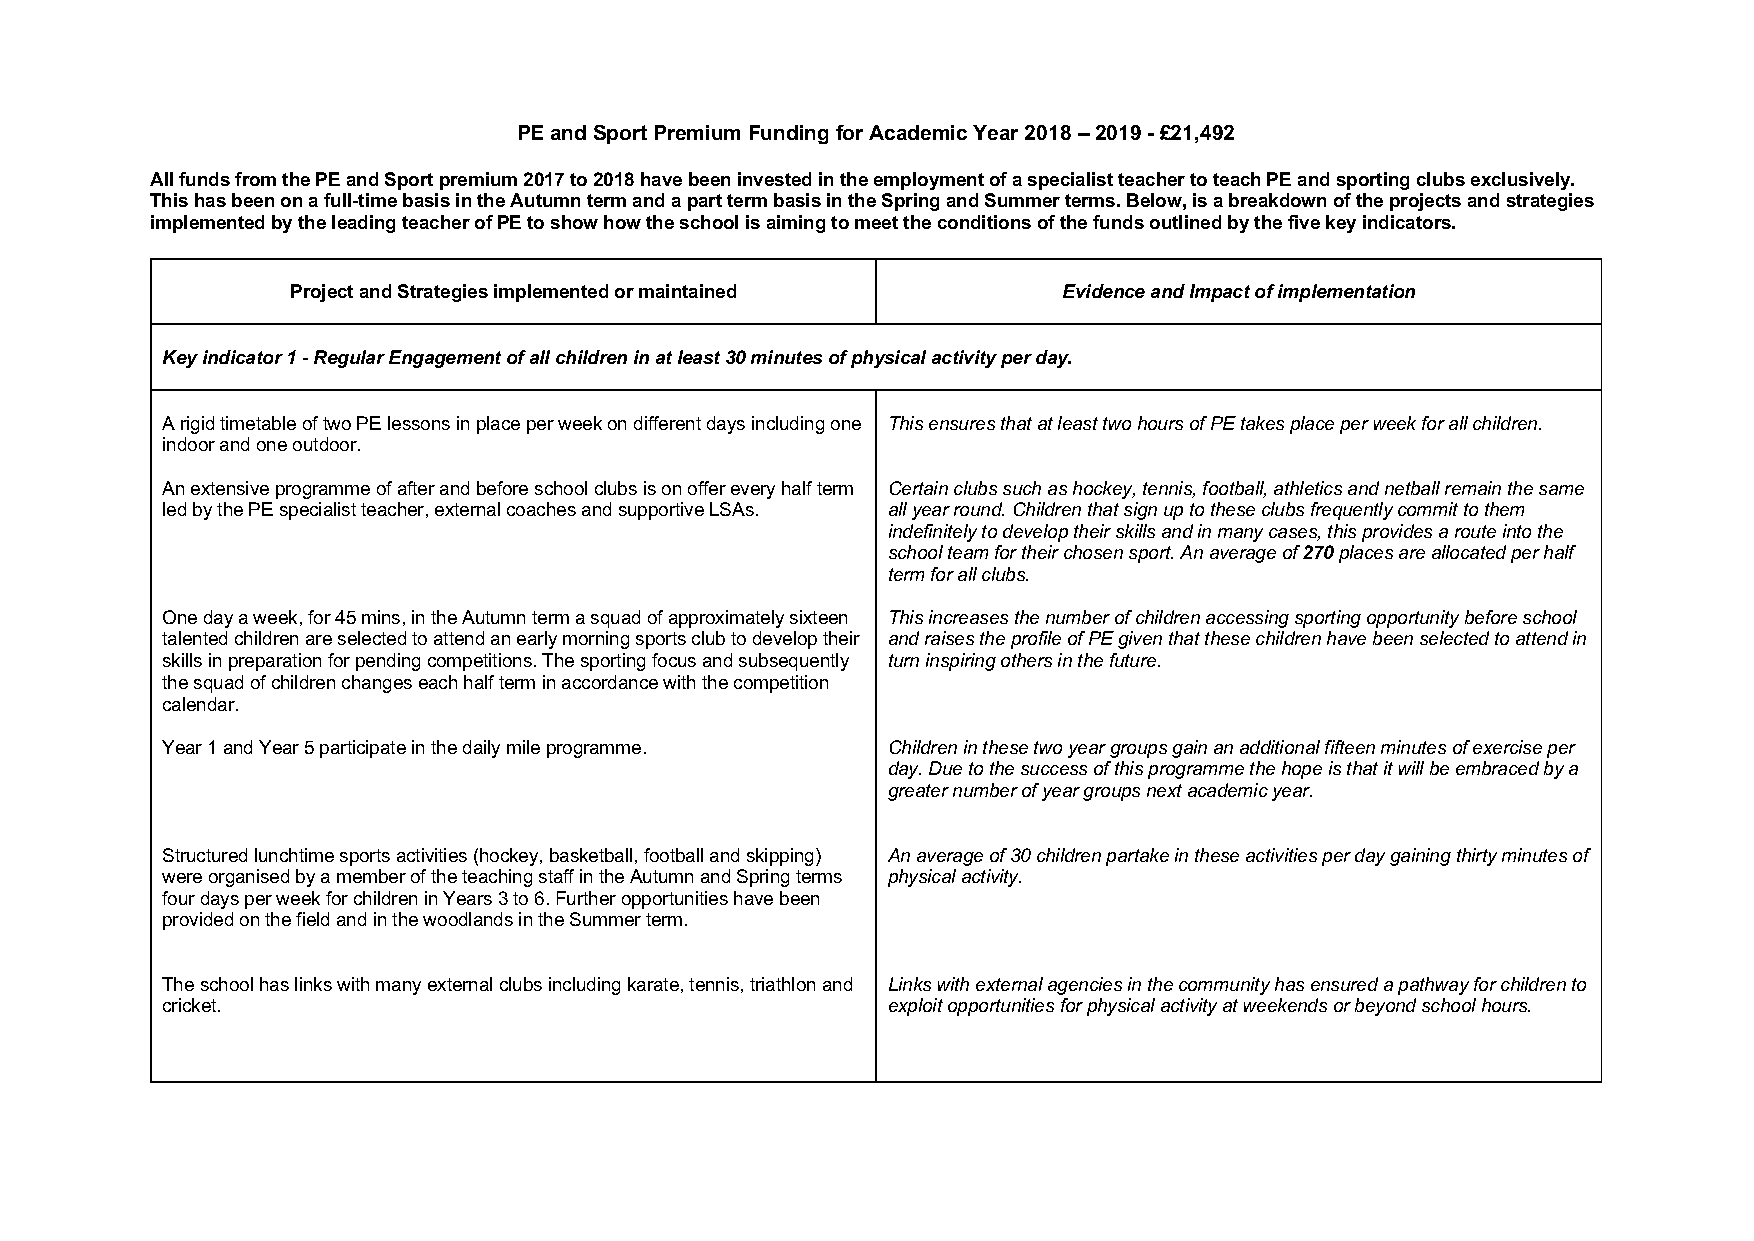
PE and Sport Premium Funding for Academic Year 2018 – 2019 - £21,492
 All funds from the PE and Sport premium 2017 to 2018 have been invested in the employment of a specialist teacher to teach PE and sporting clubs exclusively.
 This has been on a full-time basis in the Autumn term and a part term basis in the Spring and Summer terms. Below, is a breakdown of the projects and strategies
 implemented by the leading teacher of PE to show how the school is aiming to meet the conditions of the funds outlined by the five key indicators.
 Project and Strategies implemented or maintained   Evidence and Impact of implementation
 Key indicator 1 - Regular Engagement of all children in at least 30 minutes of physical activity per day.
 A rigid timetable of two PE lessons in place per week on different days including one This ensures that at least two hours of PE takes place per week for all children.
 indoor and one outdoor.
 An extensive programme of after and before school clubs is on offer every half term Certain clubs such as hockey, tennis, football, athletics and netball remain the same
 led by the PE specialist teacher, external coaches and supportive LSAs. all year round. Children that sign up to these clubs frequently commit to them
 indefinitely to develop their skills and in many cases, this provides a route into the
 school team for their chosen sport. An average of 270 places are allocated per half
 term for all clubs.
 One day a week, for 45 mins, in the Autumn term a squad of approximately sixteen This increases the number of children accessing sporting opportunity before school
 talented children are selected to attend an early morning sports club to develop their and raises the profile of PE given that these children have been selected to attend in
 skills in preparation for pending competitions. The sporting focus and subsequently turn inspiring others in the future.
 the squad of children changes each half term in accordance with the competition
 calendar.
 Year 1 and Year 5 participate in the daily mile programme. Children in these two year groups gain an additional fifteen minutes of exercise per
 day. Due to the success of this programme the hope is that it will be embraced by a
 greater number of year groups next academic year.
 Structured lunchtime sports activities (hockey, basketball, football and skipping) An average of 30 children partake in these activities per day gaining thirty minutes of
 were organised by a member of the teaching staff in the Autumn and Spring terms physical activity.
 four days per week for children in Years 3 to 6. Further opportunities have been
 provided on the field and in the woodlands in the Summer term.
 The school has links with many external clubs including karate, tennis, triathlon and Links with external agencies in the community has ensured a pathway for children to
 cricket.                                        exploit opportunities for physical activity at weekends or beyond school hours.